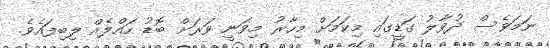
ނަމަވެސް ދުވާލު ގަޑީގައި މިކަމަށް މިހާރު މިވަނީ ވަރަށް ބޮޑު ހައްލެއް ލިބިފައެވެ.